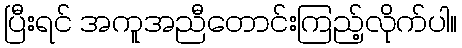
ပြီးရင် အကူအညီတောင်းကြည့်လိုက်ပါ။